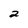
Character: 2